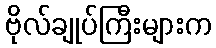
ဗိုလ်ချုပ်ကြီးများက